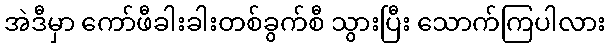
အဲဒီမှာ ကော်ဖီခါးခါးတစ်ခွက်စီ သွားပြီး သောက်ကြပါလား